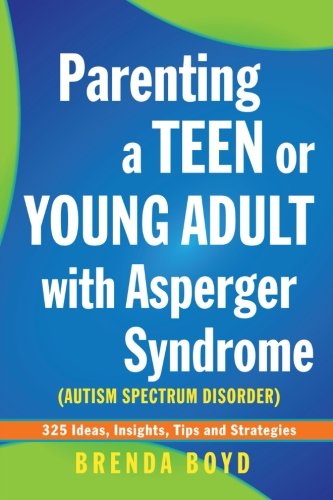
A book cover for Parenting a Teen or Young Adult with Asperger Syndrome (Autism Spectrum Disorder): 325 Ideas, Insights, Tips and Strategies; Brenda Boyd; Health, Fitness & Dieting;